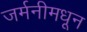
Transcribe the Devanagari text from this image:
जर्मनीमधून